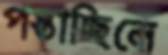
পস্তাচ্ছিলে